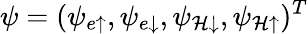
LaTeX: \psi=(\psi_{e\uparrow},\psi_{e\downarrow},\psi_{\mathcal{H}\downarrow},\psi_{\mathcal{H}\uparrow})^{T}